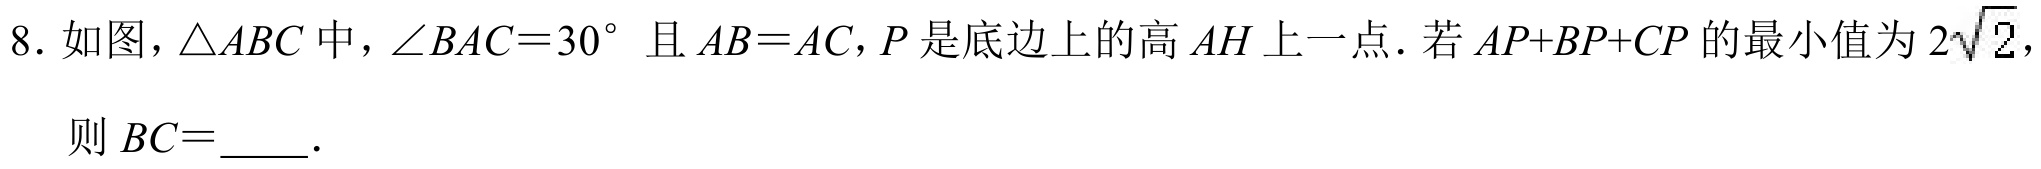
8. 如图，$\triangle ABC$中，$\angle BAC = 30^{\circ}$且$AB = AC$，$P$是底边上的高$AH$上一点. 若$AP + BP + CP$的最小值为$2\sqrt{2}$，
则$BC = $  ．